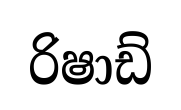
රිෂාඩ්